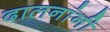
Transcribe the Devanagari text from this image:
दालनांनी